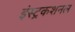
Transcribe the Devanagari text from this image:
इंस्ट्रकशनल